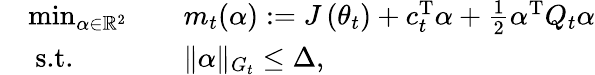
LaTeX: \begin{array}{rlrl}&{\operatorname*{min}_{\alpha\in\mathbb{R}^{2}}}&&{m_{t}(\alpha):=J\left(\theta_{t}\right)+c_{t}^{\textup{T}}\alpha+\frac{1}{2}\alpha^{\textup{T}}Q_{t}\alpha}\\ &{\ \textup{s.t.}}&&{\| \alpha\| _{G_{t}}\leq\Delta,}\end{array}